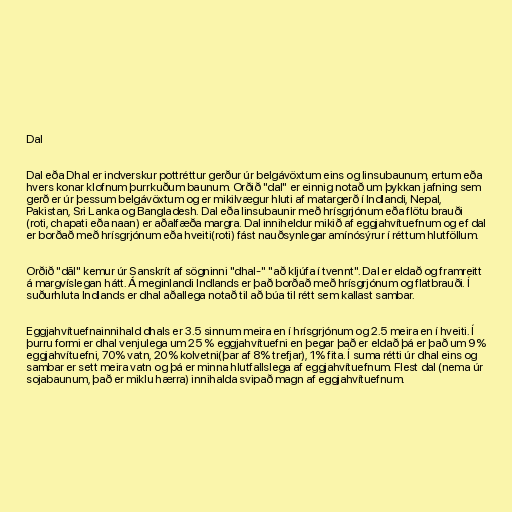
Dal

Dal eða Dhal er indverskur pottréttur gerður úr belgávöxtum eins og linsubaunum, ertum eða
hvers konar klofnum þurrkuðum baunum. Orðið "dal" er einnig notað um þykkan jafning sem
gerð er úr þessum belgávöxtum og er mikilvægur hluti af matargerð í Indlandi, Nepal,
Pakistan, Sri Lanka og Bangladesh. Dal eða linsubaunir með hrísgrjónum eða flötu brauði
(roti, chapati eða naan) er aðalfæða margra. Dal inniheldur mikið af eggjahvítuefnum og ef dal
er borðað með hrísgrjónum eða hveiti(roti) fást nauðsynlegar amínósýrur í réttum hlutföllum.

Orðið "dāl" kemur úr Sanskrít af sögninni "dhal-" "að kljúfa í tvennt". Dal er eldað og framreitt
á margvíslegan hátt. Á meginlandi Indlands er það borðað með hrísgrjónum og flatbrauði. Í
suðurhluta Indlands er dhal aðallega notað til að búa til rétt sem kallast sambar.

Eggjahvítuefnainnihald dhals er 3.5 sinnum meira en í hrísgrjónum og 2.5 meira en í hveiti. Í
þurru formi er dhal venjulega um 25 % eggjahvítuefni en þegar það er eldað þá er það um 9%
eggjahvítuefni, 70% vatn, 20% kolvetni(þar af 8% trefjar), 1% fita. Í suma rétti úr dhal eins og
sambar er sett meira vatn og þá er minna hlutfallslega af eggjahvítuefnum. Flest dal (nema úr
sojabaunum, það er miklu hærra) innihalda svipað magn af eggjahvítuefnum.